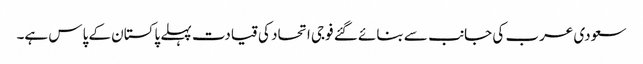
سعودی عرب کی جانب سے بنائے گئے فوجی اتحاد کی قیادت پہلے پاکستان کے پاس ہے۔